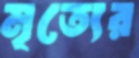
মৃত্যের